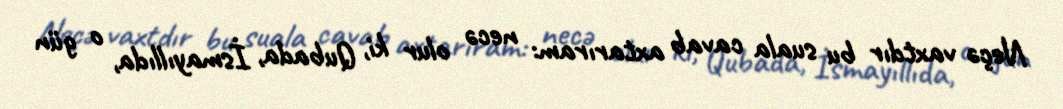
Neçə vaxtdır bu suala cavab axtarıram: necə olur ki, Qubada, İsmayıllıda, o gün